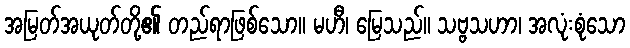
အမြတ်အယုတ်တို့၏ တည်ရာဖြစ်သော။ မဟီ၊ မြေသည်။ သဗ္ဗသဟာ၊ အလုံးစုံသော